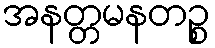
အနတ္တမနတဉ္စ